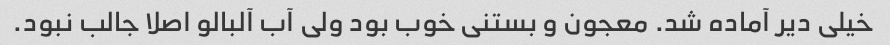
خیلی دیر آماده شد. معجون و بستنی خوب بود ولی آب آلبالو اصلا جالب نبود.